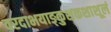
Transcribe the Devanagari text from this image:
वरदाभयाङ्कुशकशाशूलं